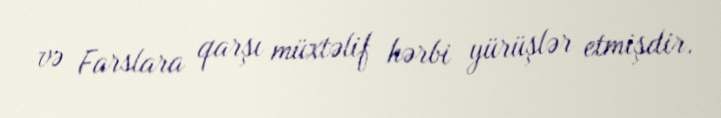
və Farslara qarşı müxtəlif hərbi yürüşlər etmişdir.